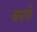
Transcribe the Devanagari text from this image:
ब्रशने